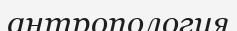
антропология